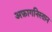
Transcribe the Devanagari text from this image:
अफ़ागनिस्तान